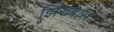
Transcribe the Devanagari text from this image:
झिरुवास